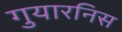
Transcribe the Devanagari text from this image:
गुयारनिस